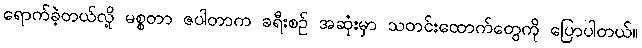
ရောက်ခဲ့တယ်လို့ မစ္စတာ ဇပါတာက ခရီးစဉ် အဆုံးမှာ သတင်းထောက်တွေကို ပြောပါတယ်။